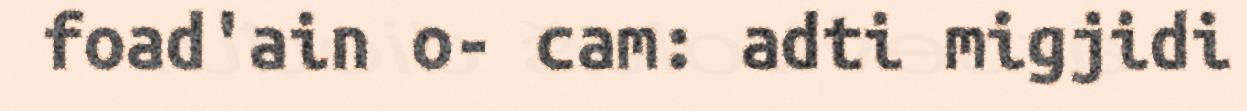
foad'ain o- cam: adti migjidi